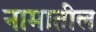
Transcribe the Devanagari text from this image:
नामातील